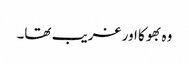
وہ بھوکا اور غریب تھا۔